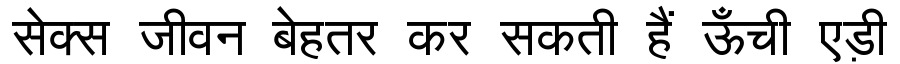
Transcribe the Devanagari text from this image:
सेक्स जीवन बेहतर कर सकती हैं ऊँची एड़ी